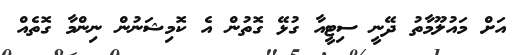
އަށް މައުލޫމާތު ދޭނީ ސިޓީއާ ގުޅޭ ގޮތުން އެ ކޮމިޝަނުން ނިންމާ ގޮތެއް